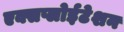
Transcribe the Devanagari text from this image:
एक्सप्लोईटेशन